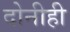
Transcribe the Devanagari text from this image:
दोनीही